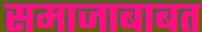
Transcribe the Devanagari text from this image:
समाजाबाबत